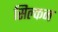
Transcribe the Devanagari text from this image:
सिल्कन